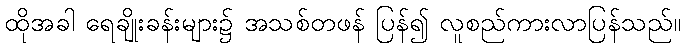
ထိုအခါ ရေချိုးခန်းများ၌ အသစ်တဖန် ပြန်၍ လူစည်ကားလာပြန်သည်။